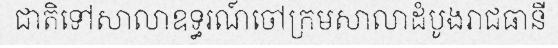
ជាតិទៅសាលាឧទ្ធរណ៍ចៅក្រមសាលាដំបូងរាជធានី